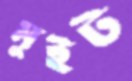
মুইট